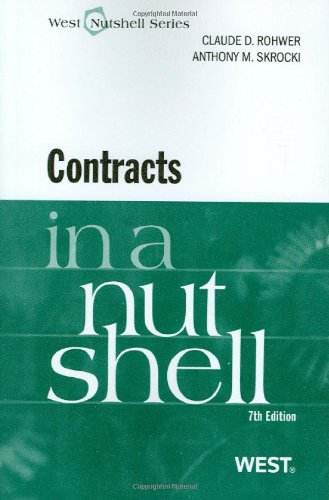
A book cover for Contracts in a Nutshell; Claude Rohwer; Law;